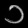
Digit: ၁